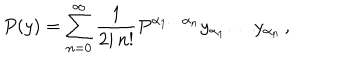
LaTeX: P ( y ) = \sum _ { n = 0 } ^ { \infty } \frac { 1 } { 2 i \, n ! } P ^ { \alpha _ { 1 } \ldots \alpha _ { n } } y _ { \alpha _ { 1 } } \ldots y _ { \alpha _ { n } } \, ,